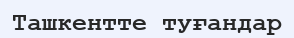
Ташкентте туғандар